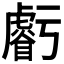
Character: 𧈃